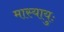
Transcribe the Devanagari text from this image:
मास्यायुः